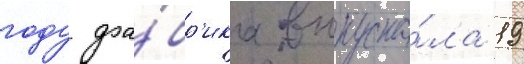
году фа́бр'ика выпуска́ла 19